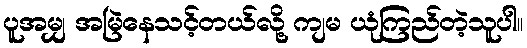
ပူအမျှ အမြဲနေသင့်တယ်လို့ ကျမ ယုံကြည်တဲ့သူပါ။